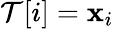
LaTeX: \mathcal{T}[i]=\mathbf{x}_{i}